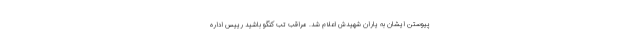
پیوستن ایشان به یاران شهیدش اعلام شد. مراقب تب کنگو باشید رییس اداره